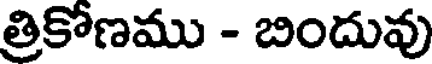
త్రికోణము - బిందువు